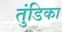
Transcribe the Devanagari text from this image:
तुंडिका